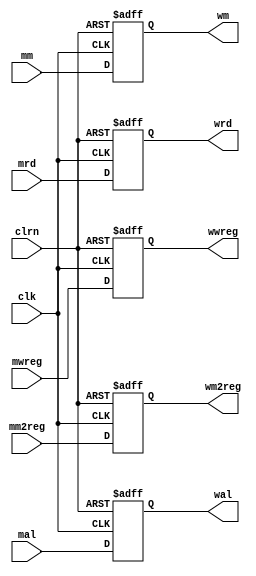
module pl_reg_mw (mwreg,mm2reg,mm,mal,mrd,clk,clrn,
                  wwreg,wm2reg,wm,wal,wrd);
    input  [31:0] mm, mal;
    input  [4:0] mrd;
    input  mwreg, mm2reg, clk, clrn;
    output reg [31:0] wm, wal;
    output reg [4:0] wrd;
    output reg wwreg, wm2reg;

    always @(posedge clk or negedge clrn)
    begin
        if(!clrn)
        begin
            wm      <= 32'b0;
            wal     <= 32'b0;
            wrd     <= 5'b0;
            wwreg   <= 1'b0;
            wm2reg  <= 1'b0;
        end

        else
        begin
            wm      <= mm;
            wal     <= mal;
            wrd     <= mrd;
            wwreg   <= mwreg;
            wm2reg  <= mm2reg;
        end 
    end
endmodule